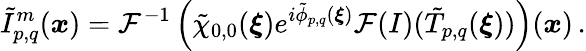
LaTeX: \tilde{I}_{p,q}^{m}(\boldsymbol{x})=\mathcal{F}^{-1}\left(\tilde{\chi}_{0,0}(\boldsymbol{\xi})e^{i\tilde{\phi}_{p,q}(\boldsymbol{\xi})}\mathcal{F}(I)(\tilde{T}_{p,q}(\boldsymbol{\xi}))\right)(\boldsymbol{x})\, .